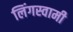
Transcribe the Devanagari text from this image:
लिंगस्वामी